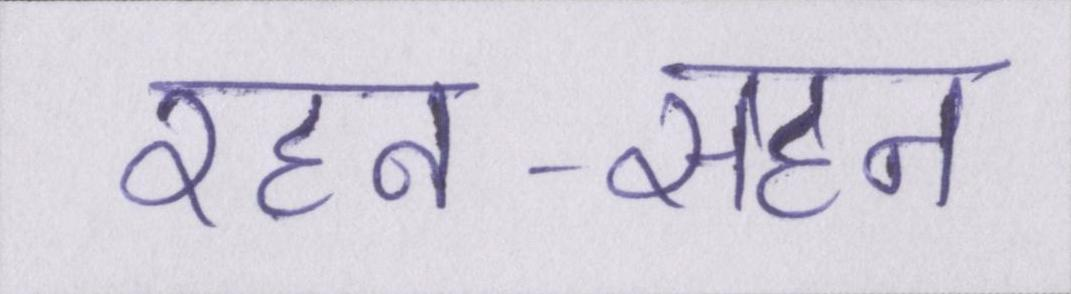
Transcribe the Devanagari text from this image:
रहन-सहन